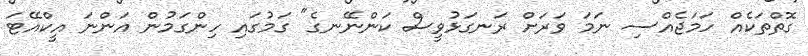
ގޮތްތަކެއް ހަމަޖެއްސި ނަމަ ވަރަށް ރަނގަޅުވީސް ކަންނޭނގެ" ގަމުގައި ހިންގަމުން އަންނަ އީކްއޭޓަ